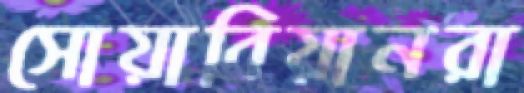
সোয়াবিয়ানরা